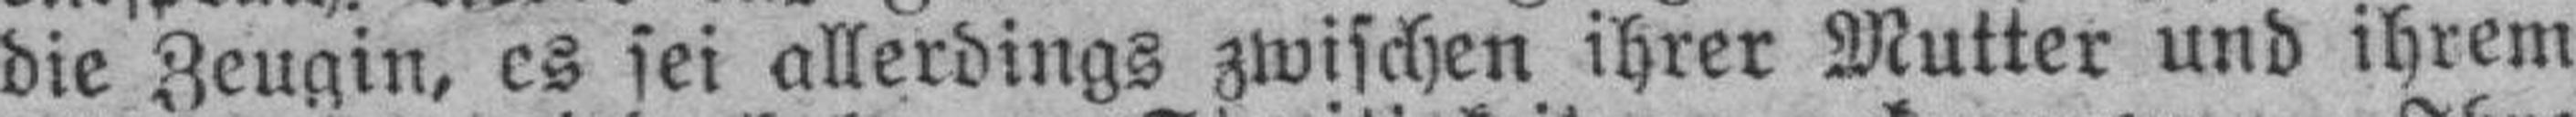
die Zeugin, es sei allerdings zwischen ihrer Mutter und ihrem